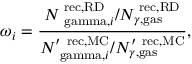
\omega _ { i } = \frac { { N _ { \mathrm { \ g a m m a } , i } ^ { \mathrm { \tiny ~ r e c , R D } } } / { N _ { \gamma , \mathrm { g a s } } ^ { \mathrm { \tiny ~ r e c , R D } } } } { { N _ { \mathrm { \ g a m m a } , i } ^ { \prime \, \mathrm { \tiny ~ r e c , M C } } } / { N _ { \gamma , \mathrm { g a s } } ^ { \prime \, \mathrm { \tiny ~ r e c , M C } } } } ,